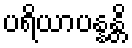
ပရိယာပန္နန္တိ